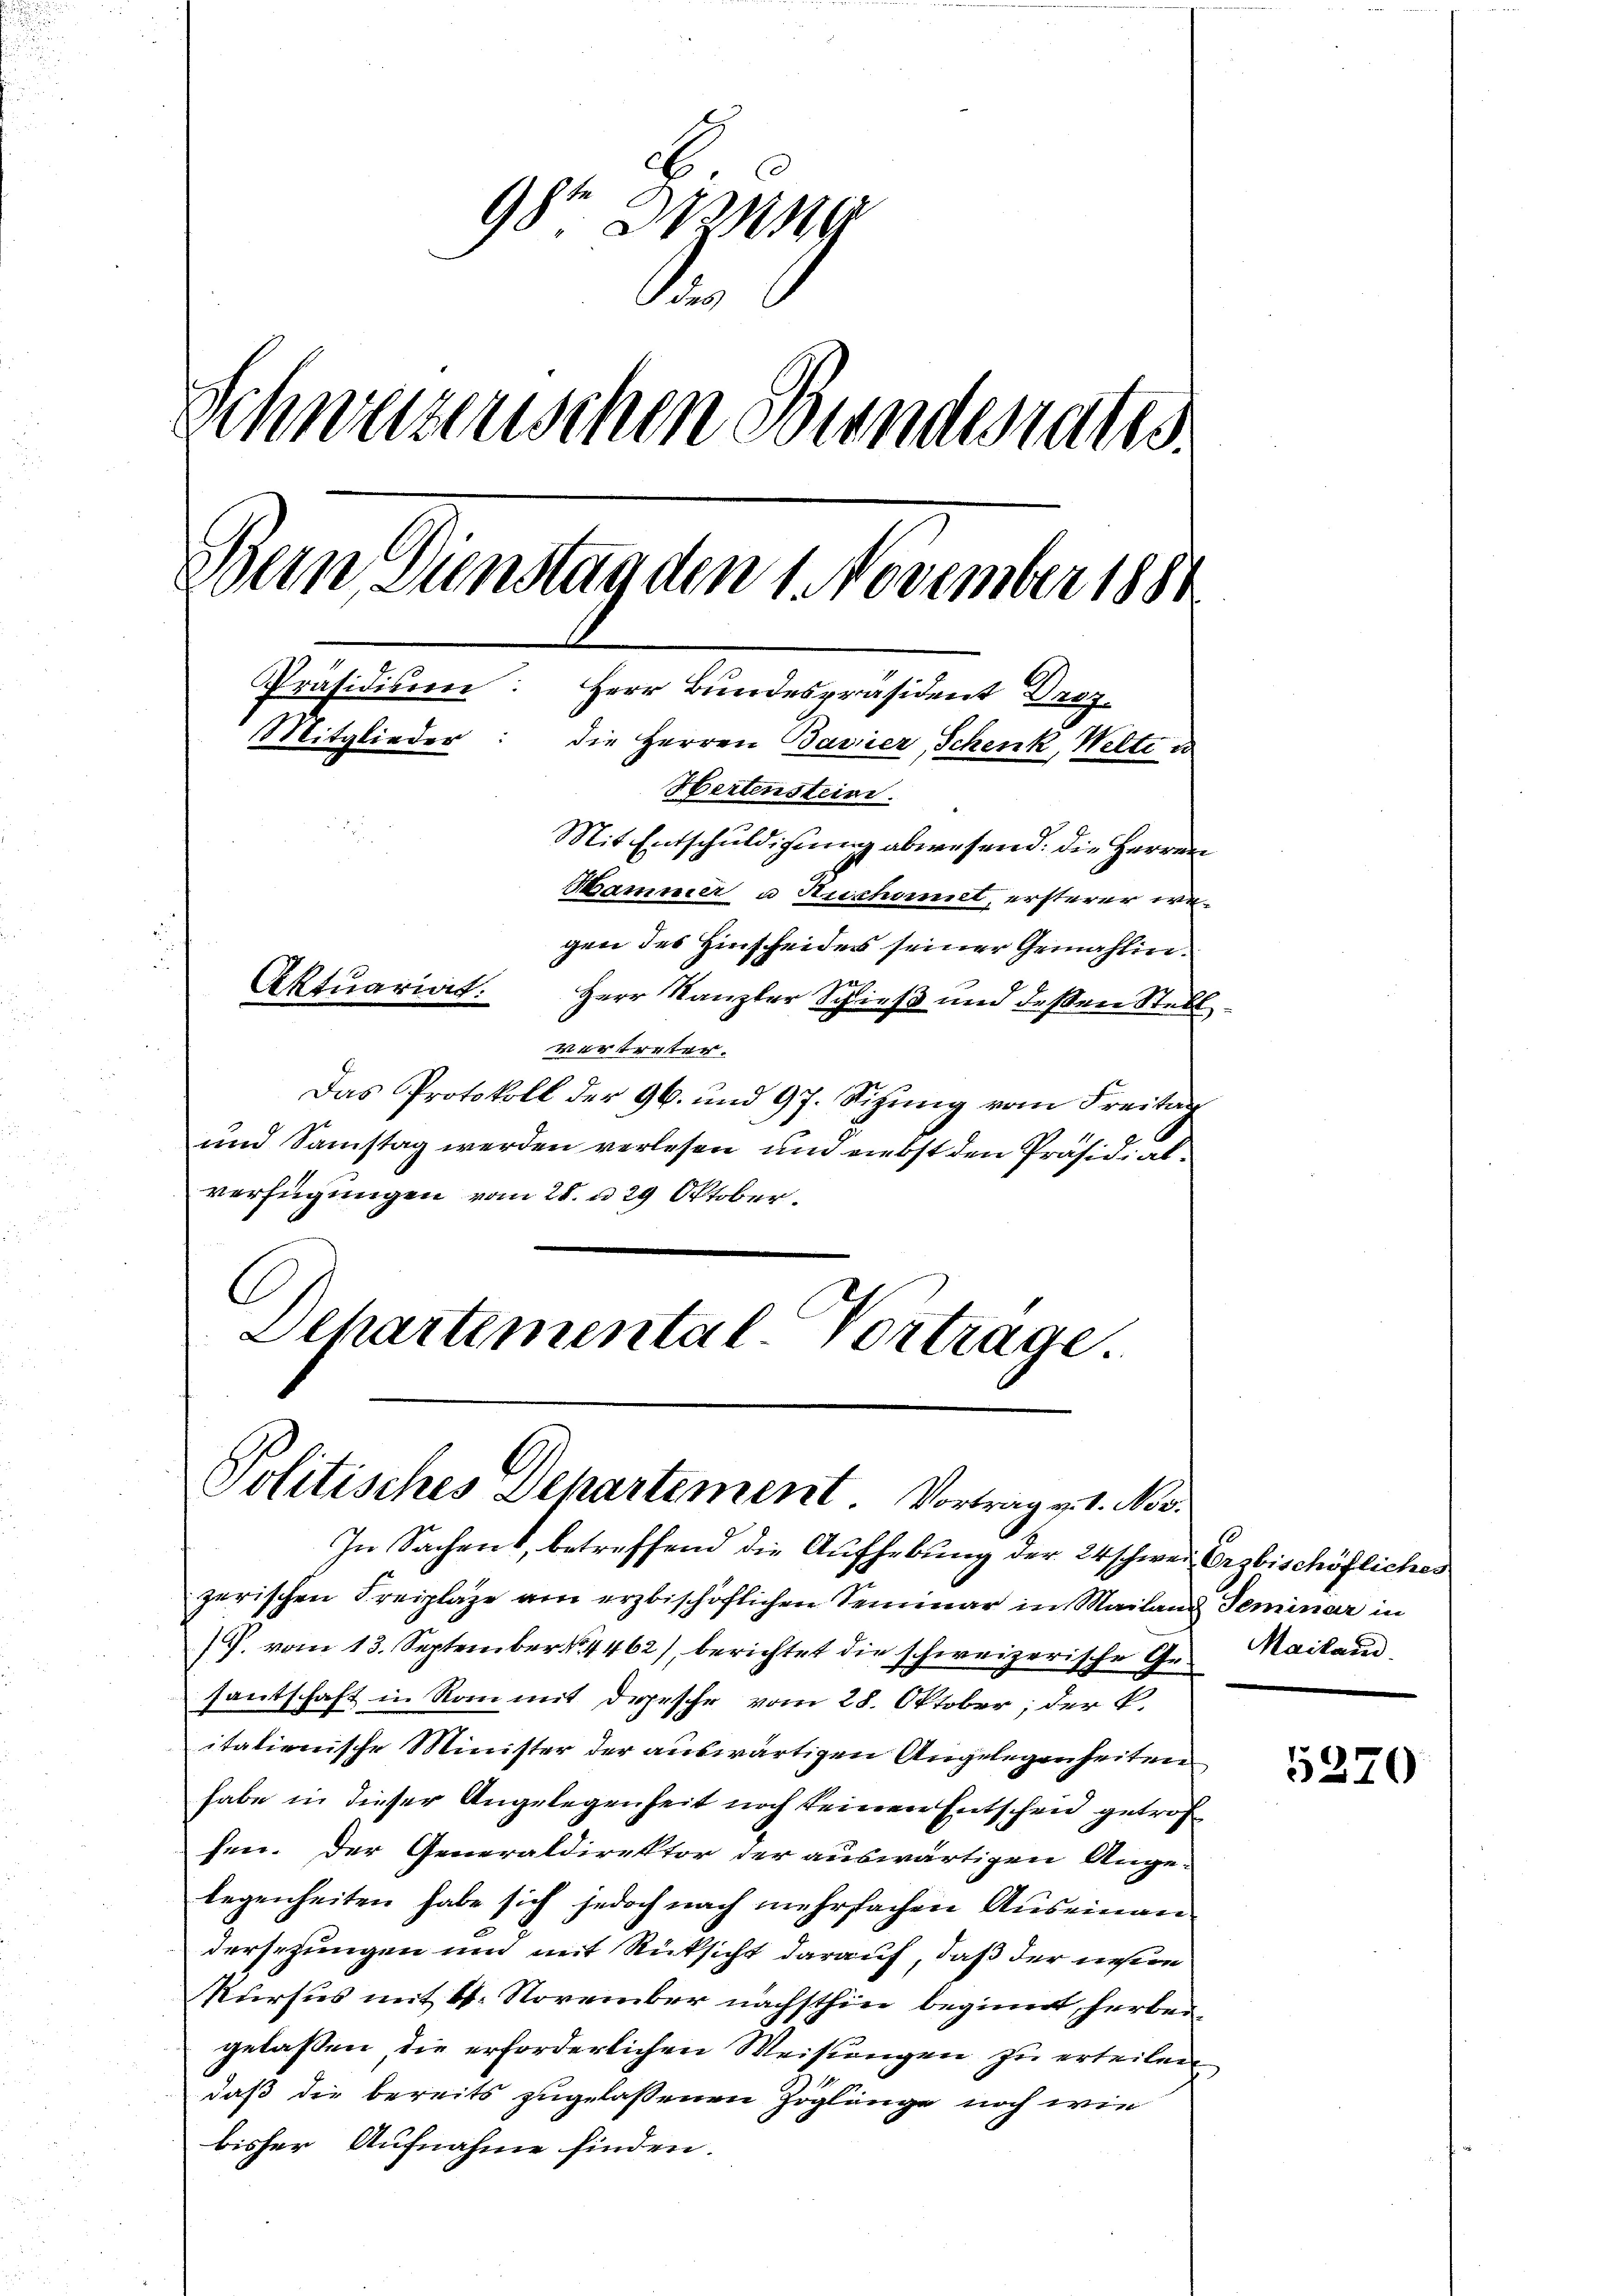
98ten Drang
1
Schweizerischen Bundesrates
Wein, Dienstag den 1. November 1881
Präsidium: Herr Bundespräsident Droz.
Mitglieder: die Herren Bavier, Schenk, Welte u
Hertenstein.
Mit Entschuldigung abwesend: Die Herren
Hammer u Aushomet, ersterer wegen des Hinscheides seiner Gemahlin¬
u
kke
Aktuariat.
Herr Kanzler Schieß und deßen Stell¬

vertreter.
Das Protokoll der 96. und 97. Sizung vom Freitag
und Samstag werden verlesen und nebst den Präsidialverfügungen vom 28. u. 29 Oktober.
C
Dehartemental-Vortrage.

Politisches Departement. Vortrag v. 1. No.

In Sachent, betreffend die Aufhebung der 24 schwei Erzbischöfliches
zerischen Freiplaze am erzbischöflichen Seminar in Mailand Seminar in
/P. vom 13. September 4462), berichtet die schweizerische Ge- Mailand,
santschaft in Rom mit Depesche vom 28. Oktober; der P.
italienische Minister der auswärtigen Angelegenheiten
habe in dieser Angelegenheit noch keinen Entscheid getroff
fen. Der Generaldirektor der auswärtigen Ange-
legenheiten habe sich jedoch nach mehrfachen Auseinandersezungen und mit Rüksicht darauf, daß der nehmen
Kursus mit 4. November nächsthin beginnt, herbei
gelassen, die erforderlichen Weisungen zu erteilen
daß die bereits zugelassenen Zöglinge noch wie
bisher Aufnahme finden.

5370